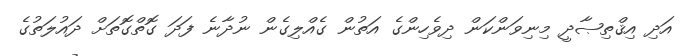
އަދި އިޤްތިޞާދީ މިނިވަންކަން ދިވެހިންގެ އަތުން ގެއްލިގެން ނުދާނެ ފަދަ ގޮތްގޮތަށް ދައުލަތުގެ